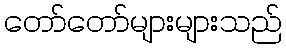
တော်တော်များများသည်